King Institute of Preventive Medicine Micro-Biological Section reports 1912-19
Year: 1912
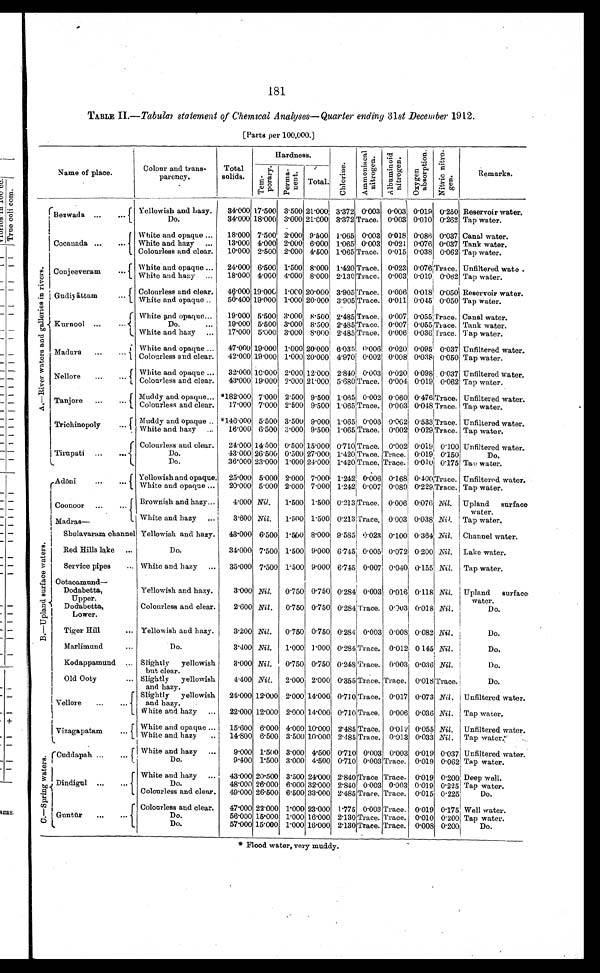
181
TABLE II. —Tabular statement of Chemical Analyses—Quarter ending 31st December 1912.
[Parts per 100,000.]
Name of place.
Colour and trans-
parency.
Total
solids.
Hardness.
Chl or i ne. A m m o n i a c a l
n i t r o g e n .
Al b u mi n o i d
n i t r o g e n .
O x y g e n
a b s o r p t i o n . N i t r i o n i t r o g e n .
Remarks.
T e m p o r a r y . P e r m a n e n t .
Total.
A . — R i v e r w a t e r s a n d g a l l e r i e s i n r i v e r s .
Bezwada ...
...
Yellowish and Lazy .
34.000 17.500 3.500 21.000 3.372 0.003 0.003 0.019 0.250 Reservoir water.
Do.
34.000 18.000 3.000 21.000 3.372 Trace. 0.003 0.010 0.262 Tap water.
Cocanada ...
...
White and opaque ...
18.000 7.500 2.000 9.500 1.065 0.003 0.018 0.086 0.037 Canal water.
White and. hazy ...
13.000 4.000 2.000 6.000 1.065 0.003 0.021 0.076 0.037 Tank water.
Colourless and clear.
10.000 2.500 2.000 4.500 1.065 Trace. 0.015 0.038 0.062 Tap water.
Conjeeveram
...
...
White and opaque ...
24.000 6.500 1.500 8.000 1.420 Trace. 0.023 0.076 Trace. Unfiltered wate.
White and hazy ... 18.000 4.000 4.000 8.000 2.130 Trace. 0.003 0.019 0.062 Tap water.
Gudiyāttam . . .
. . .
Colourless and clear. 46.000 19.000 1.000 20.000 3.905 Trace. 0.006 0.018 0.050 Reservoir water.
White and opaque
50.400 19.000 1.000 20.000 3.905 Trace. 0.011 0.045 0.050 Tap water.
Kurnool
...
...
White and opaque...
19.000 5.500 3.000 8.500 2.485 Trace. 0.007 0.055
T r a c e . Canal water.
Do.
...
19.000 5.500 3.000 8.500 2.485 Trace. 0.007 0.055 Trace. Tank water.
White and hazy ...
17.000 5.000 3.000 8.000 2.485 Trace. 0.006 0.036
T r a c e . Tap water.
Madura
...
...
White and opaque ...
47.000 19.000 1.000 20.000 6.035 0.006 0.020 0.095 0.037 Unfiltered water.
Colourless and clear.
42.000 19.000 1.000 20.000 4.970 0.002 0.008 0.038 0.050 Tap water.
Nellore
...
. . .
White and opaque ...
32.000 10.000 2.000 12.000 2.840 0.003 0.020 0.098 0.037 Unfiltered water.
Colourless and clear.
43.000 19.000 2.000 21.000 5.680 Trace. 0.004 0.019 0.062 Tap water.
Tanjore ...
... Muddy and opaque... *182.000 7.000 2.500 9.500 1.065 0.002 0.060 0.476 Trace. Unfiltered water.
Colourless and clear.
17.000 7.000 2.500 9.500 1.065 Trace. 0.003 0.048 Trace. Tap water.
Trichinopoly
...
...
Muddy and opaque
*146.000 5.500 3.500 9.000 1.065 0.003 0.062 0.533 Trace. Unfiltered water.
White and hazy ...
16.000 6.500 3.000 9.500 1.065 Trace. 0.002 0.029 Trace. Tap water.
Tirupati ...
...
Colourless and clear.
24.000 14.500 0.500 15.000 0.710 Trace. 0.002 0.019 0.100 Unfiltered water.
Do.
43.000 26.500 0.500 27.000 1.420 Trace. Trace. 0.019 0.150
Do.
Do.
36.000 23.000 1.000 24.000 1.420 Trace. Trace. 0.010 0.175 Tao water.
B . — U p l a n d s u r f a c e w a t e r s .
Ad
ō
ni
...
...
Yellowish and opaque. 25.000 5.000 2.000 7.000 1.242 0.006 0.168 0.400 Trace. Unfiltered water.
White and opaque ...
20.000 5.000 2.000 7.000 1.242 0.007 0.089 0.229 Trace. Tap water.
Coonoor ...
... Brownish and hazy...
4.000 Nil.
1.500 1.500 0.213 Trace. 0.006 0.076. Nil. Upland surface
water.
White and hazy ...
3.600 Nil. 1.500 1.500 0.213 Trace. 0.003 0.038 Nil. Tap water.
Madras
—
Sholavaram channel Yellowish and hazy.
43.000 6.500 1.500 8.000 9.585 0.023 0.100 0.364 Nil. Channel water.
Red Hills lake ...
Do.
34.000 7.500 1.500 9.000 6.745 0.005 0.072 0.200 Nil. Lake water.
Service pipes
... White and hazy ... 35.000 7.500 1.500 9.000 6.745 0.007 0.040 0.155 Nil. Tap water.
Ootacamund—
Dodabetta,
Upper.
Yellowish and hazy.
3.000 Nil. 0.750 0.750 0.284 0.003 0.016 0.118 Nil. Upland surface
w a t e r .
Dodabetta,
Lower.
Colourless and clear.
2.600 Nil. 0.750 0.750 0.284
T r a c e . 0.003 0.018 Nil.
Do.
Tiger Hill
... Yellowish and hazy.
3.200 Nil. 0.750 0.750 0.284 0.003 0.008 0.082 Nil.
Do.
Marlimund
...
Do.
3.400 Nil. 1.000 1.000 0.284 Trace. 0.012. 0.145 Nil.
Do.
Kodappamund ... Slightly yellowish
but clear.
3.000 Nil. 0.750 0.750 0.248 Trace. 0.003 0.036 Nil.
Do.
Old Ooty
... Slightly yellowish
and hazy.
4.400 Nil. 2.000 2.000 0.355 Trace. Trace. 0.018 Trace.
Do.
Vellore
..
...
Slightly yellowish
and hazy.
24.000 12.000 2.000 14.000 0.710 Trace. 0.017 0.073 Nil. Unfiltered water.
White and hazy
22.000 12.000 2.000 14.000 0.710 Trace. 0.006 0.036 Nil. Tap water.
Vizagapatam
White and opaque ...
15.600 6.000 4.000 10.000 2.485 Trace. 0.012 0.055 Nil. Unfiltered water.
h
W h i t e a n d h a z y
. .
. 14.800 6.500 3.500 10.000 2.485 Trace. 0.013 0.033 Nil. Tap water.
C . — S p r i n g w a t e r s .
Cuddapah
...
...
White and hazy ...
9.000 1.500 3.000 4.500 0.710 0.003 0.003 0.019 0.037 Unfiltered water.
Do.
9.400 1.500 3.000 4.500 0.710 0.003 Trace. 0.019 0.062 Tap water.
Dindigul ...
...
White and hazy ...
43.000
2 0 . 5 0 0 3.500 24.000 2.840 Trace Trace. 0.019 0.200 Deep well
D o .
48
. 0 0 0
2 6 . 0 0 0
6 . 0 0 0
3 2 . 0 0 0
2 . 8 4 0
0 . 0 0 3
0 . 0 0 3
0 . 0 1 9
0 . 2 2 5
Tap water.
Colourless and clear.
49.000 26.500 6.500 33.000 2.485 Trace. Trace. 0.015 0.225
Do.
Guntūr
...
...
Colourless and clear.
47.000 22.000 1.000 23.000 1.775 0.003 Trace. 0.019 0.175 Well water.
Do.
56.000 15.000 1.000 16.000 2.130 Trace. Trace. 0.010 0.200 Tap water.
Do.
57.000 15.000 1.000 16.000 2.130 Trace. Trace. 0.008 0.200.
Do.
* Flood water, very muddy.